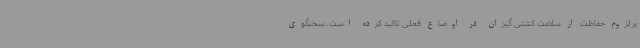
بر لزوم حفاظت از سلامت کشتی گیران در اوضاع فعلی تاکید کرده است. سخنگوی